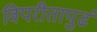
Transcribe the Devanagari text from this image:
विपरीतापुढं